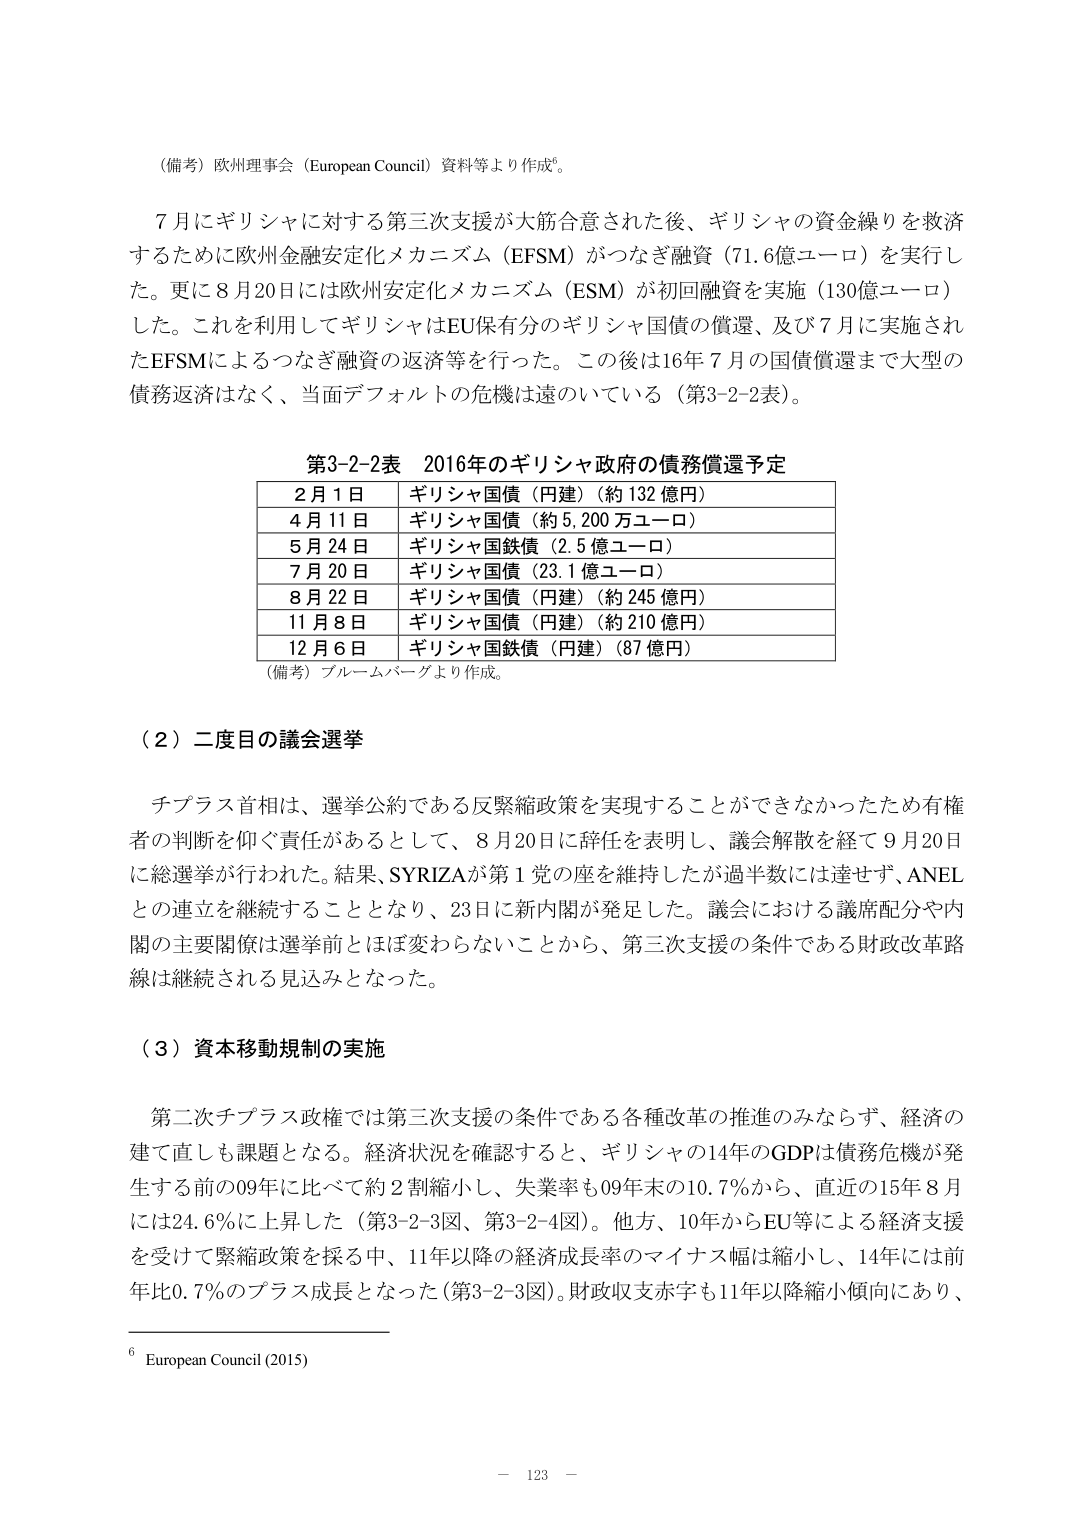
（備考）欧州理事会（European Council）資料等より作成⁶。

７月にギリシャに対する第三次支援が大筋合意された後、ギリシャの資金繰りを救済するために欧州金融安定化メカニズム（EFSM）がつなぎ融資（71.6億ユーロ）を実行した。更に８月20日には欧州安定化メカニズム（ESM）が初回融資を実施（130億ユーロ）した。これを利用してギリシャはEU保有分のギリシャ国債の償還、及び７月に実施されたEFSMによるつなぎ融資の返済等を行った。この後は16年７月の国債償還まで大型の債務返済はなく、当面デフォルトの危機は遠のいている（第3-2-2表）。

第3-2-2表　2016年のギリシャ政府の債務償還予定
| 2月1日 | ギリシャ国債（円建）（約132億円） |
| 4月11日 | ギリシャ国債（約5,200万ユーロ） |
| 5月24日 | ギリシャ国鉄債（2.5億ユーロ） |
| 7月20日 | ギリシャ国債（23.1億ユーロ） |
| 8月22日 | ギリシャ国債（円建）（約245億円） |
| 11月8日 | ギリシャ国債（円建）（約210億円） |
| 12月6日 | ギリシャ国鉄債（円建）（87億円） |
（備考）ブルームバーグより作成。

（２）二度目の議会選挙

チプラス首相は、選挙公約である反緊縮政策を実現することができなかったため有権者の判断を仰ぐ責任があるとして、８月20日に辞任を表明し、議会解散を経て９月20日に総選挙が行われた。結果、SYRIZAが第１党の座を維持したが過半数には達せず、ANELとの連立を継続することとなり、23日に新内閣が発足した。議会における議席配分や内閣の主要関係は選挙前とほぼ変わらないことから、第三次支援の条件である財政改革路線は継続される見込みとなった。

（３）資本移動規制の実施

第二次チプラス政権では第三次支援の条件である各種改革の推進のみならず、経済の建て直しも課題となる。経済状況を確認すると、ギリシャの14年のGDPは債務危機が発生する前の09年と比べて約2割縮小し、失業率も09年末の10.7％から、直近の15年８月には24.6％に上昇した（第3-2-3図、第3-2-4図）。他方、10年からEU等による経済支援を受けて緊縮政策を採る中、11年以降の経済成長率のマイナス幅は縮小し、14年には前年比0.7％のプラス成長となった（第3-2-3図）。財政収支赤字も11年以降縮小傾向にあり、

⁶ European Council (2015)

－ 123 －